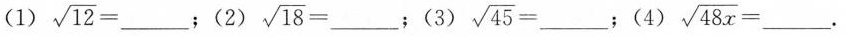
(1) $$\sqrt { 1 2 } = ___$$；(2) $$\sqrt { 1 8 } = ___$$；(3) $$\sqrt { 4 5 } =___$$ ；(4) $$\sqrt { 4 8 x } =___$$ 。